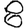
Digit: 8